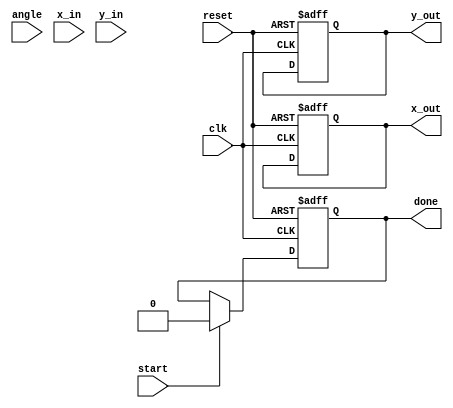
module Pipeline_CORDIC (
    input wire clk,
    input wire reset,
    input wire start,
    input wire [15:0] angle,       // Angle input in fixed-point representation
    input wire [15:0] x_in,        // X input
    input wire [15:0] y_in,        // Y input
    output reg [15:0] x_out,       // Computed X output
    output reg [15:0] y_out,       // Computed Y output
    output reg done                // Output to indicate computation is complete
);
    // Constants
    parameter STAGE_NUM = 16;     // Number of pipeline stages
    parameter FIXED_POINT_FRAC_BITS = 15; // Fractional bits in fixed-point representation

    // Internal State Variables
    reg [15:0] x_stage [0:STAGE_NUM-1]; // Stage data for X
    reg [15:0] y_stage [0:STAGE_NUM-1]; // Stage data for Y
    reg [15:0] angle_stage [0:STAGE_NUM-1]; // Angle for each stage
    reg [3:0] current_stage;          // Current stage counter
    wire [15:0] angle_step [0:STAGE_NUM-1]; // Predefined angle LUT

    // Predefined angles for each CORDIC stage in fixed-point
    assign angle_step[0] = 16'hC90F; // -45 degrees
    assign angle_step[1] = 16'hA57A; // -26.565 degrees
    assign angle_step[2] = 16'h0DBE; // -14.036 degrees
    assign angle_step[3] = 16'h1C71; // -7.125 degrees
    assign angle_step[4] = 16'h033E; // -3.576 degrees
    assign angle_step[5] = 16'h005D; // -1.789 degrees
    assign angle_step[6] = 16'h0000; // -0 degrees (zero angle for additional stages)
    assign angle_step[7] = 16'h0000;
    assign angle_step[8] = 16'h0000;
    assign angle_step[9] = 16'h0000;
    assign angle_step[10] = 16'h0000;
    assign angle_step[11] = 16'h0000;
    assign angle_step[12] = 16'h0000;
    assign angle_step[13] = 16'h0000;
    assign angle_step[14] = 16'h0000;
    assign angle_step[15] = 16'h0000;

    // Control signals for the pipeline process
    always @(posedge clk or posedge reset) begin
        if (reset) begin
            x_stage[0] <= 0;
            y_stage[0] <= 0;
            current_stage <= 0;
            done <= 0;
            x_out <= 0;
            y_out <= 0;
        end else begin
            if (start) begin
                // Load initial values into the first stage
                x_stage[0] <= x_in;
                y_stage[0] <= y_in;
                angle_stage[0] <= angle;
                current_stage <= 1;
                done <= 0;
            end else if (current_stage < STAGE_NUM) begin
                // Perform CORDIC rotation
                if (angle_stage[current_stage - 1] >= angle_step[current_stage - 1]) begin
                    // Clockwise rotation
                    x_stage[current_stage] <= x_stage[current_stage - 1] + (y_stage[current_stage - 1] >> current_stage);
                    y_stage[current_stage] <= y_stage[current_stage - 1] - (x_stage[current_stage - 1] >> current_stage);
                    angle_stage[current_stage] <= angle_stage[current_stage - 1] - angle_step[current_stage - 1];
                end else begin
                    // Counter-clockwise rotation
                    x_stage[current_stage] <= x_stage[current_stage - 1] - (y_stage[current_stage - 1] >> current_stage);
                    y_stage[current_stage] <= y_stage[current_stage - 1] + (x_stage[current_stage - 1] >> current_stage);
                    angle_stage[current_stage] <= angle_stage[current_stage - 1] + angle_step[current_stage - 1];
                end
                current_stage <= current_stage + 1;
            end else if (current_stage == STAGE_NUM) begin
                // Final scaling and output
                x_out <= x_stage[STAGE_NUM - 1]; // Last stage output
                y_out <= y_stage[STAGE_NUM - 1]; // Last stage output
                done <= 1; // Indicate completion
                current_stage <= 0; // Reset for next operation
            end
        end
    end
endmodule